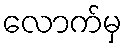
လောက်မှ